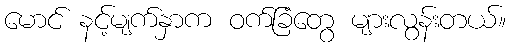
မောင် နင့်မျက်နှာက ဝက်ခြံတွေ များလွန်းတယ်။